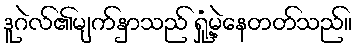
ဒူဂဲလ်၏မျက်နှာသည် ရှုံ့မဲ့နေတတ်သည်။